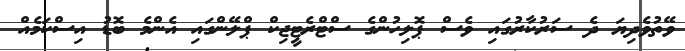
ވޭތުވެދިޔަ ދެ ސަރުކާރުގައި ވެސް ޕޮލިހުންގެ ސްޓްރެޓީޖިކް ޕްލޭންގައި އެންމެ ބޮޑު އިސްކަމެއް